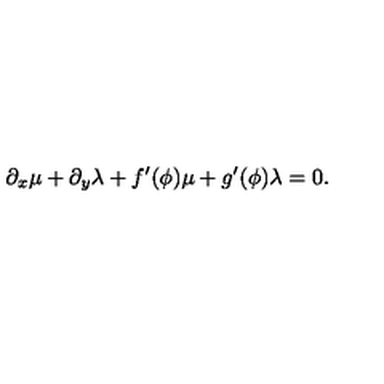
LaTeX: \partial _ { x } \mu + \partial _ { y } \lambda + f ^ { \prime } ( \phi ) \mu + g ^ { \prime } ( \phi ) \lambda = 0 .